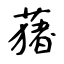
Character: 蕏